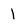
Character: l